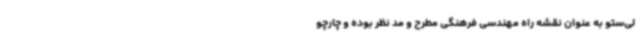
لی‌ستو به عنوان نقشه راه مهندسی فرهنگی مطرح و مد نظر بوده و چارچو